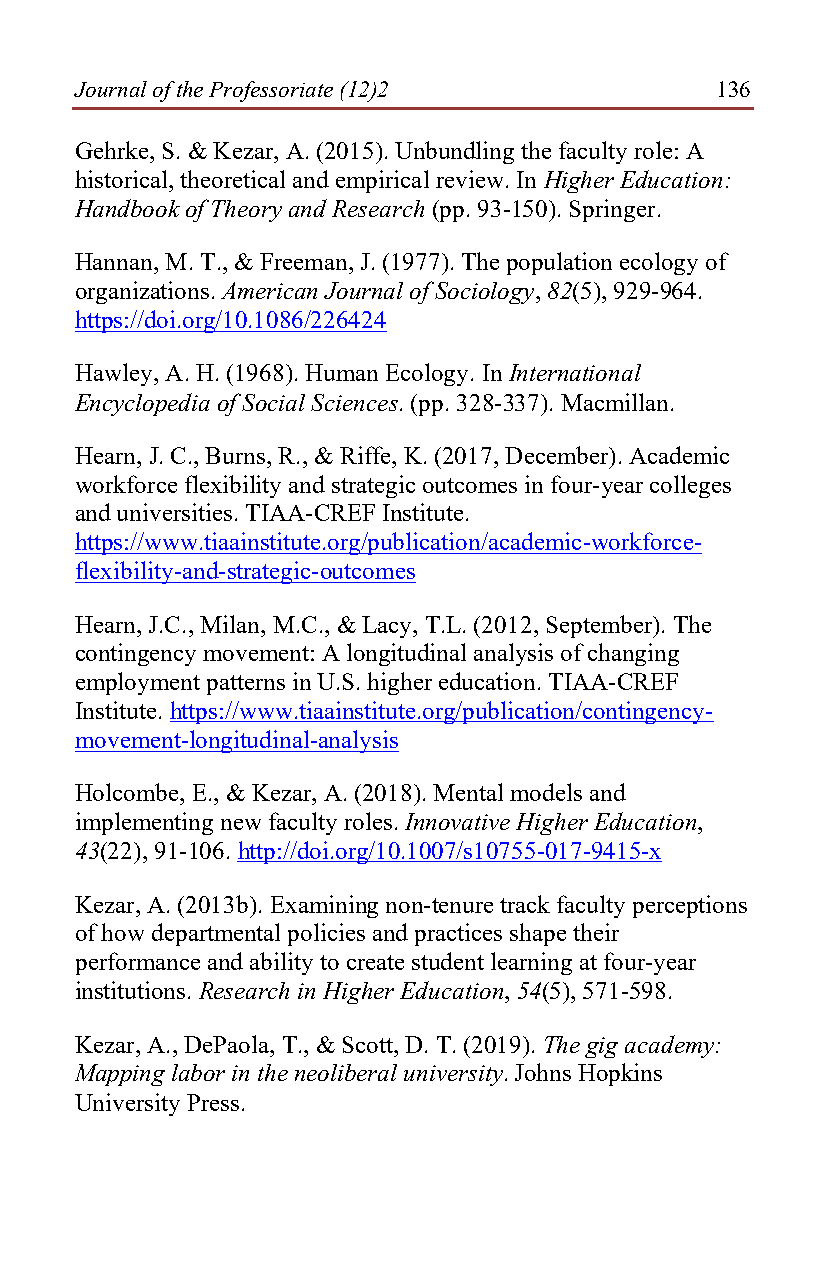
Journal of the Professoriate (12)2        136
 Gehrke, S. & Kezar, A. (2015). Unbundling the faculty role: A
 historical, theoretical and empirical review. In Higher Education:
 Handbook of Theory and Research (pp. 93-150). Springer.
 Hannan, M. T., & Freeman, J. (1977). The population ecology of
 organizations. American Journal of Sociology, 82(5), 929-964.
 https://doi.org/10.1086/226424
 Hawley, A. H. (1968). Human Ecology. In International
 Encyclopedia of Social Sciences. (pp. 328-337). Macmillan.
 Hearn, J. C., Burns, R., & Riffe, K. (2017, December). Academic
 workforce flexibility and strategic outcomes in four-year colleges
 and universities. TIAA-CREF Institute.
 https://www.tiaainstitute.org/publication/academic-workforce-
 flexibility-and-strategic-outcomes
 Hearn, J.C., Milan, M.C., & Lacy, T.L. (2012, September). The
 contingency movement: A longitudinal analysis of changing
 employment patterns in U.S. higher education. TIAA-CREF
 Institute. https://www.tiaainstitute.org/publication/contingency-
 movement-longitudinal-analysis
 Holcombe, E., & Kezar, A. (2018). Mental models and
 implementing new faculty roles. Innovative Higher Education,
 43(22), 91-106. http://doi.org/10.1007/s10755-017-9415-x
 Kezar, A. (2013b). Examining non-tenure track faculty perceptions
 of how departmental policies and practices shape their
 performance and ability to create student learning at four-year
 institutions. Research in Higher Education, 54(5), 571-598.
 Kezar, A., DePaola, T., & Scott, D. T. (2019). The gig academy:
 Mapping labor in the neoliberal university. Johns Hopkins
 University Press.